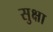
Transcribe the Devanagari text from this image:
सुक्षा